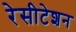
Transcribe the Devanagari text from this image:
रेसीटेशन